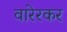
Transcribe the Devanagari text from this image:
वारेरकर